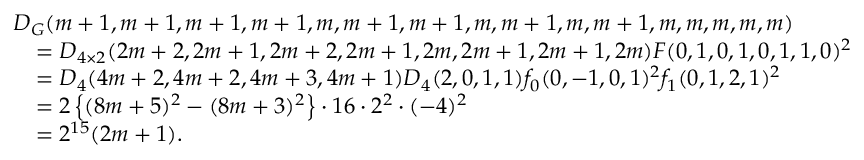
\begin{array} { r l } & { D _ { G } ( m + 1 , m + 1 , m + 1 , m + 1 , m , m + 1 , m + 1 , m , m + 1 , m , m + 1 , m , m , m , m , m ) } \\ & { \quad = D _ { 4 \times 2 } ( 2 m + 2 , 2 m + 1 , 2 m + 2 , 2 m + 1 , 2 m , 2 m + 1 , 2 m + 1 , 2 m ) F ( 0 , 1 , 0 , 1 , 0 , 1 , 1 , 0 ) ^ { 2 } } \\ & { \quad = D _ { 4 } ( 4 m + 2 , 4 m + 2 , 4 m + 3 , 4 m + 1 ) D _ { 4 } ( 2 , 0 , 1 , 1 ) f _ { 0 } ( 0 , - 1 , 0 , 1 ) ^ { 2 } f _ { 1 } ( 0 , 1 , 2 , 1 ) ^ { 2 } } \\ & { \quad = 2 \left\{ ( 8 m + 5 ) ^ { 2 } - ( 8 m + 3 ) ^ { 2 } \right\} \cdot 1 6 \cdot 2 ^ { 2 } \cdot ( - 4 ) ^ { 2 } } \\ & { \quad = 2 ^ { 1 5 } ( 2 m + 1 ) . } \end{array}